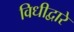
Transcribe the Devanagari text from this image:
विधीद्वारे